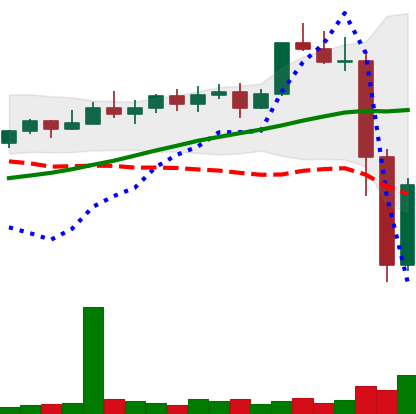
Ticker: XMR-USD
Chart end date: 2022-11-10
Forward return: -3.176%
Label: down_3_5